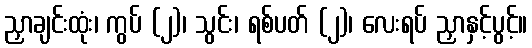
ညှာချင်းထုံး၊ ကွပ် (၂)၊ သွင်း၊ ရစ်ပတ် (၂)၊ လေးရပ် ညှာနှင့်ပွင့်။